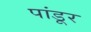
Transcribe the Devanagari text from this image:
पांडूर